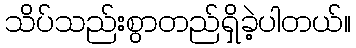
သိပ်သည်းစွာတည်ရှိခဲ့ပါတယ်။